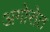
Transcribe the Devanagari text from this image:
अगोरोत